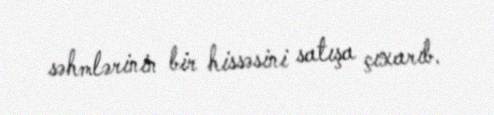
səhmlərinin bir hissəsini satışa çıxarıb.